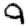
Digit: 9